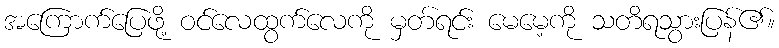
အကြောက်ပြေဖို့ ဝင်လေထွက်လေကို မှတ်ရင်း မေမေ့ကို သတိရသွားပြန်၏။